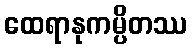
ထေရာနုကမ္ပိတဿ